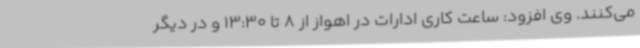
می‌کنند. وی افزود: ساعت کاری ادارات در اهواز از 8 تا 13:30 و در دیگر